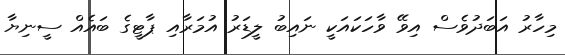
މިހާރު އަބަދުވެސް އިވޭ ވާހަކައަކީ ނައިބު ލީޑަރު އުމަރާއި ޕާޓީގެ ބައެއް ސީނިޔާ